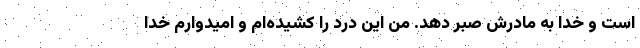
است و خدا به مادرش صبر دهد. من این درد را کشیده‌ام و امیدوارم خدا